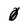
Character: 0